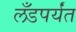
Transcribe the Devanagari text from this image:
लँडपर्यंत